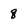
Character: 8